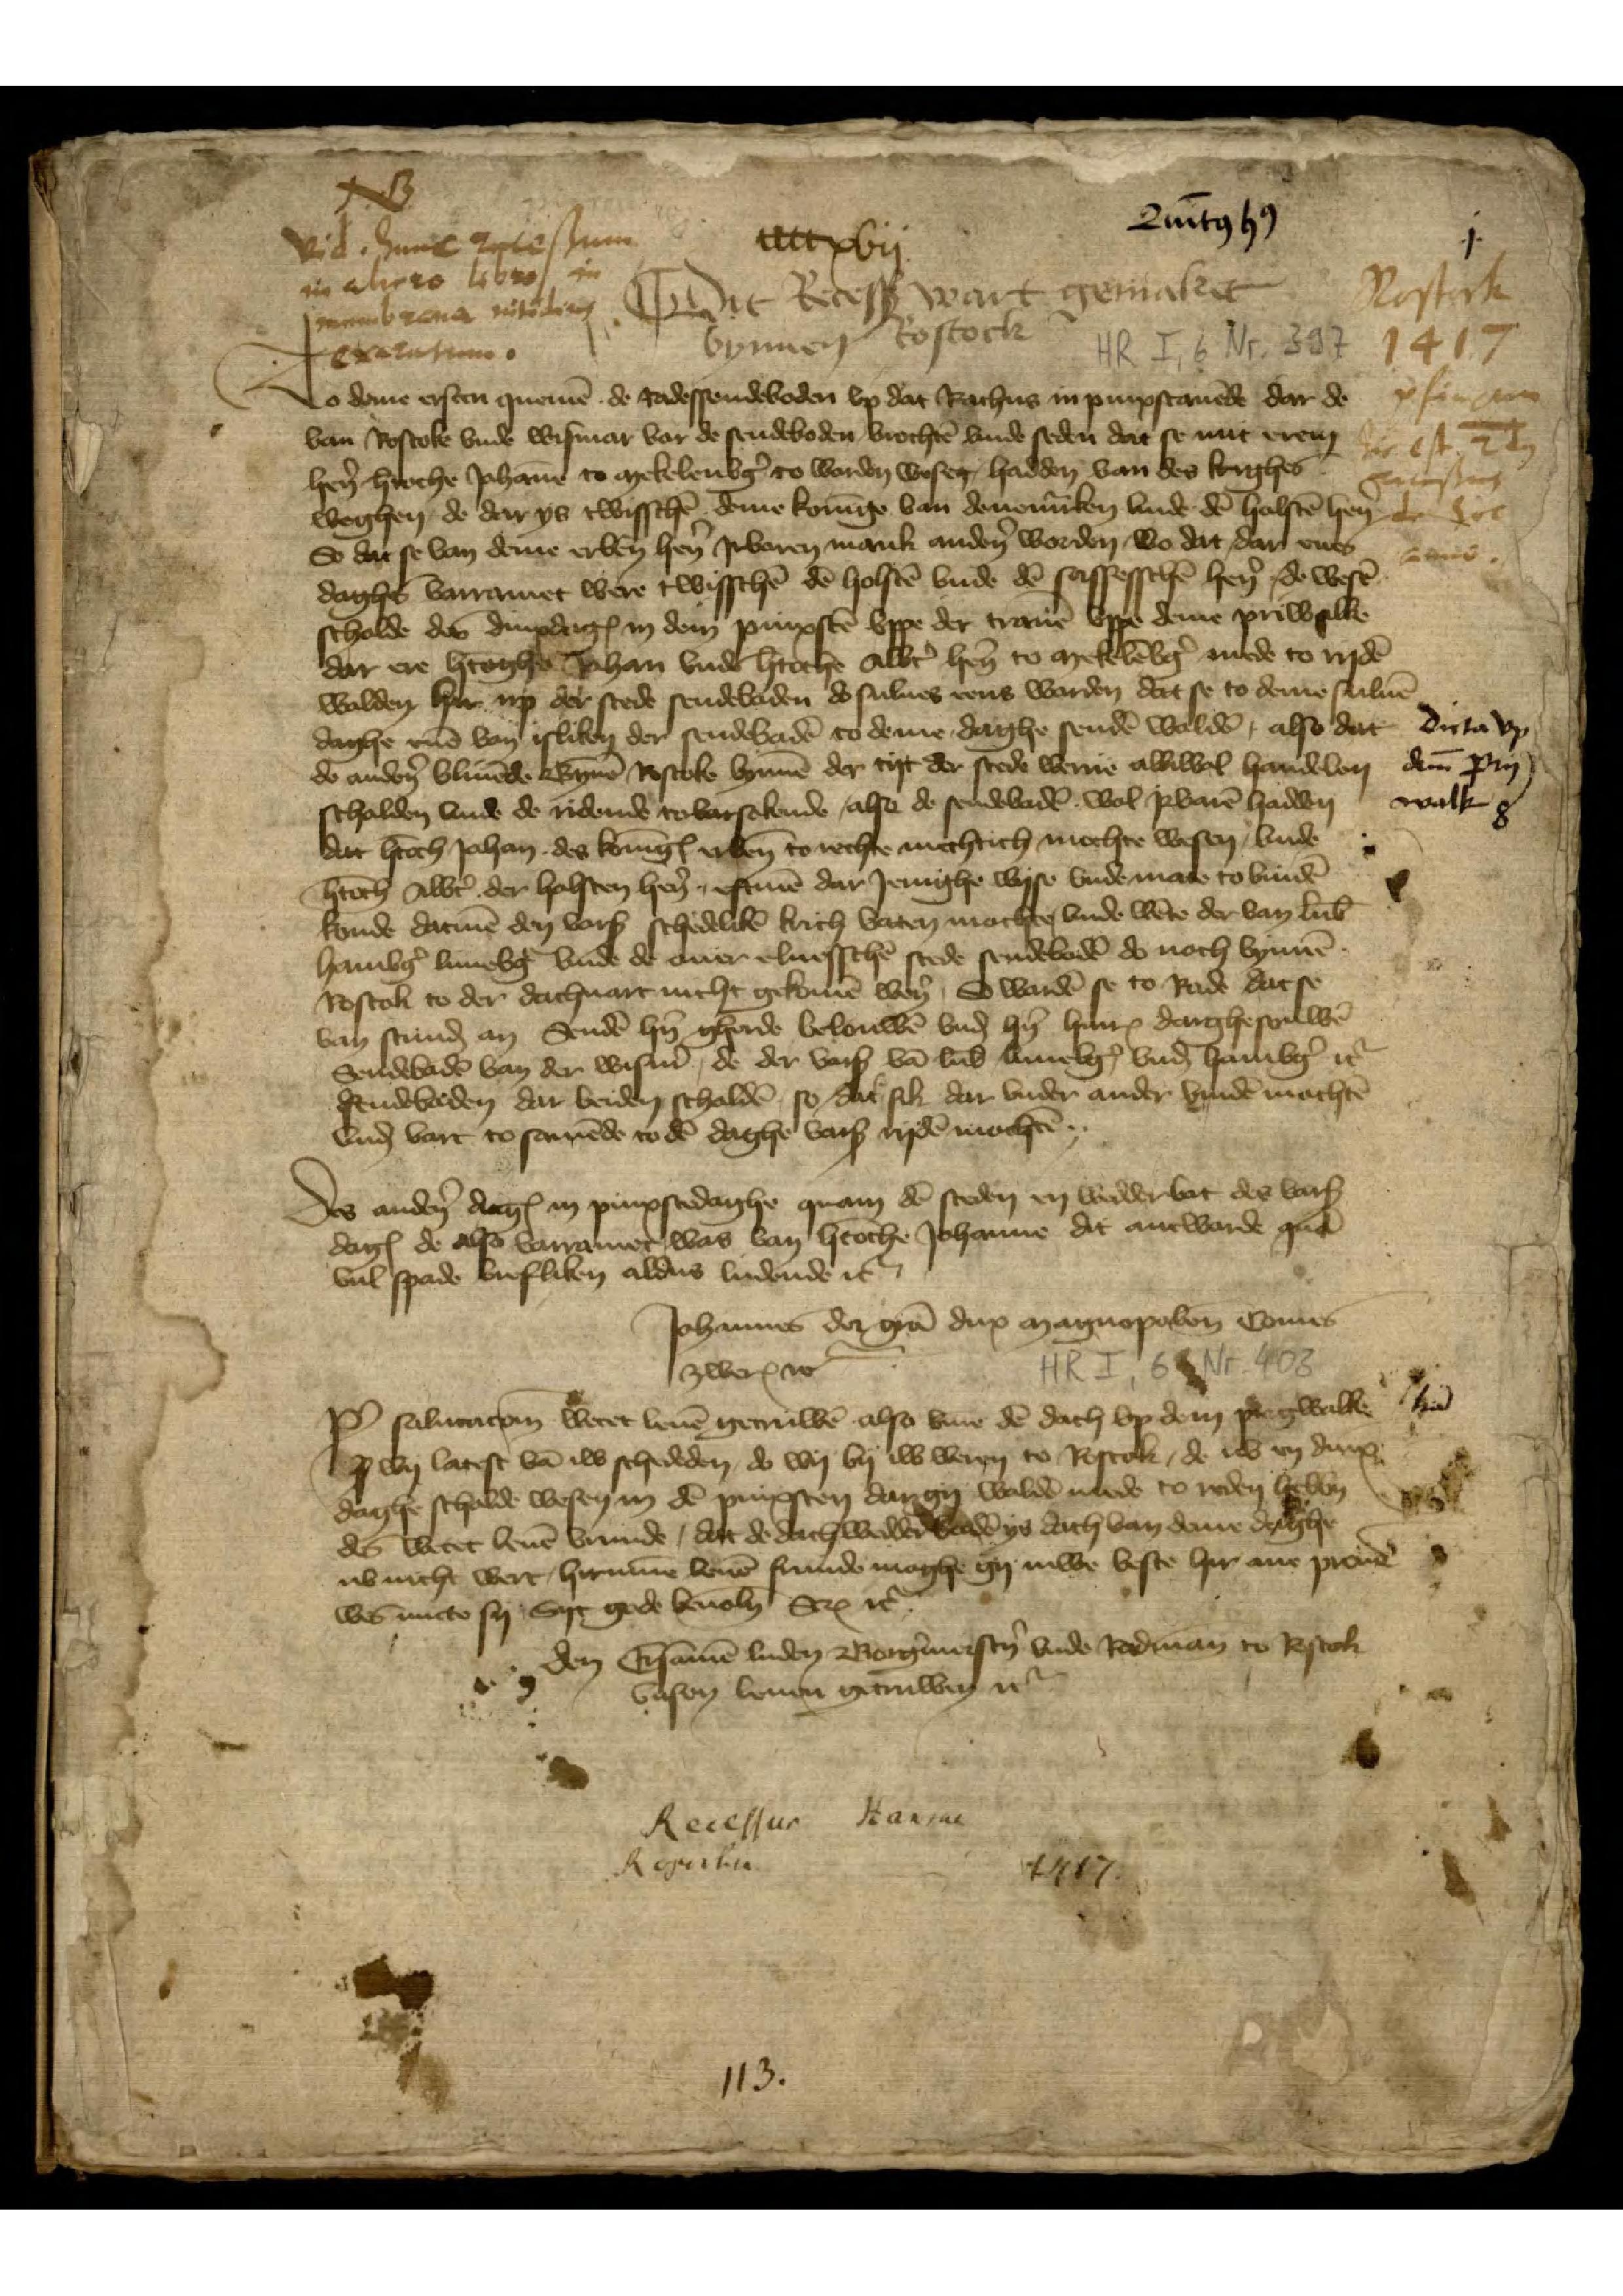
i

Quīto̧ ho̧

cccccvij

N.B.
Vid. hunc receßum
in alieno libro in
membrena nitidirun
exaratione.

Rostock
1417
pfinxten
sic est zl̄n
recessus
de sic
haue

Dit Recess wart gemaket
bynnen Rostock
to deme ersten quemen de radessendeboden vp dat Rathus in pinxstauende dar de
van Rostoke vnde Wismar vor de sendeboden brochten vnde seden dat se mit erem

heren hertoche Johanne to Mekelenborg to worden wesen, hadden van des krighes
weghen de dar ys twisschen deme koninge van Denemarrken vnde de Holsten hen
So dat se van deme erbern heren Irbaren mank anderen worden, wo dat dar enen
daghes vorramet were twisschen den Holsten vnde den Sasseschen heren, de wesen
scholde des dinsdages in dem pinxsten vppe der Trauen vppe deme Priwalke
dar ere hertoghe Johan vnde hertoche Albert heren to Mekelenborg mede to ryden
wolden, hir up der stede sendebaden do sulues eens worden dat se to deme suluen
daghe enen van isliken der sendebaden to deme daghe senden wolden, also dat
de anderen bliuende Bynnen Rostoke bynnen der tyt der stede werue alltwol handelen
scholden vnde de ridende tovorsokende, alse de sendebaden wol Jrvaren hadden
dat hertoch Johan des konings erbenn to rechte mechtich mochte wesen, vnde
hertoch Albert der Holsten heren, eftmen dar Jenighe wise vnde mate to vinden
konde datmen den vorscreuen schedeliken krich baten machte, vnde wente der van Lubeke
Hamborg Luneborg vnde de auer Eluesschen stede sendebaden do noch bynnen
Rostok to der dachuart nicht gekomen weren, So worden se to Rade dat se
van stund an Senden hern Gherde Belouwen vnd hern Hinrick Darghesouwen
Sendebaden van der Wismer, de der vorscreuen van Lubeke, Luneborg, vnde Hamborg etcetera
sendebaden dat beiden schalden, so dat sik dar vnder ander vinden mochten
vnde vort to samende to den daghe vorscreuen ryden mochten.
Des anderen daghes in pinxstedaghe quam den steden en wedderbot des vorscreuen
daghes de also vorramet was van hertoche Johanne dit antworde quam
vul spade brefliken aldus ludende etcetera
Johannes dei gratia dux Magnopolensis Comes
Zwerinensis etcetera
Post salutationem wetet leuen getruwen also binen den dach vp dem Prywalle
so wy latest van iw schededen, do wy by iw weren to Rostok, de nv in dinx¬
daghe scholde wesen in den pinxsten dar gy wolden mede to reden hebbn
des wetet leuen vrunde, dat de dach wedder baden ys dath van deme daghe
nv nicht wert, hirumme leuen frunde moghe gy iuwe beste hir ane prouen
wes nucto sy, Syc gode beuolen Scriptum etcetera.
den Ersamen luden Borgermersteren vnde Radmannen to Rostok
vnsen leuen getruwen etcetera

dicta vp
dem̄ Pry¬
walk

lrā

Recessus Hansae
Regalia
1417.

113.